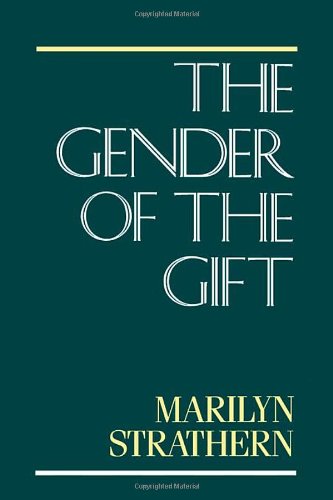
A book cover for The Gender of the Gift: Problems with Women and Problems with Society in Melanesia (Studies in Melanesian Anthropology); Marilyn Strathern; History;